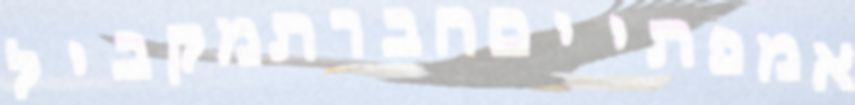
אמפתייםחברתמקביל